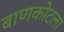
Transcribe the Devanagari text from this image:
बाणकोटला